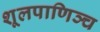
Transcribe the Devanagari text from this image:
शूलपाणिञ्च